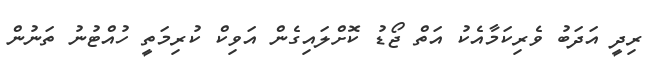
ރިދީ އަދަބު ވެރިކަމާއެކު އަތް ޖޯޑު ކޮށްލައިގެން އަވިކް ކުރިމަތީ ހުއްޓުނު ތަނުން